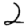
Digit: 2